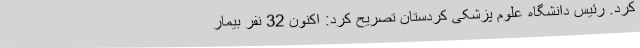
کرد. رئیس دانشگاه علوم پزشکی کردستان تصریح کرد: اکنون 32 نفر بیمار